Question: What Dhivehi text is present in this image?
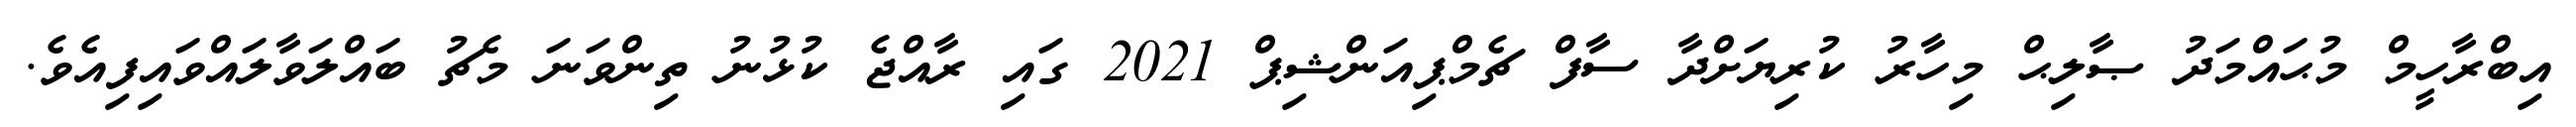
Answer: އިބްރާހީމް މުޙައްމަދު ޞާލިޙް މިހާރު ކުރިޔަށްދާ ސާފް ޗެމްޕިއަންޝިޕް 2021 ގައި ރާއްޖެ ކުޅުނު ތިންވަނަ މެޗު ބައްލަވާލައްވައިފިއެވެ.